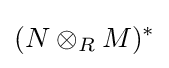
(N\otimes _{R}M)^{*}